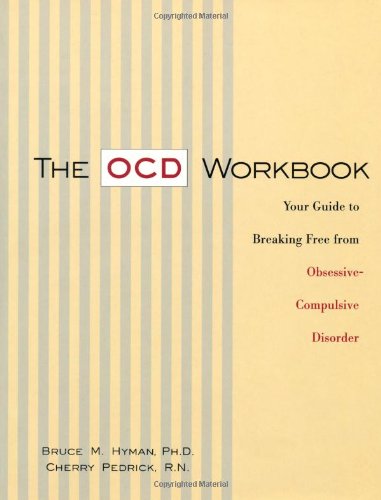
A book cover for The OCD Workbook: Your Guide to Breaking Free from Obsessive-Compulsive Disorder; Bruce Hyman; Health, Fitness & Dieting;